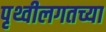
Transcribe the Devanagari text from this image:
पृथ्वीलगतच्या